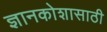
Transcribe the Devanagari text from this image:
ज्ञानकोशासाठी